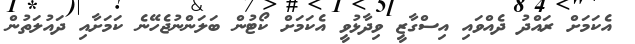
އެކަމަށް ރައްދު ދެއްވައި އިސްގާޒީ ވިދާޅުވީ އެކަމަށް ކޯޓުން ބަލަންނުޖެހޭނެ ކަމަށާއި ދައުލަތުން